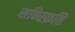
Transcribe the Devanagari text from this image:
सन्स्क्रिति